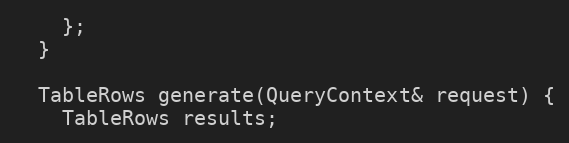
Language: C++
    };
  }

  TableRows generate(QueryContext& request) {
    TableRows results;